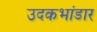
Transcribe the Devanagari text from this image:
उदकभांडार